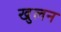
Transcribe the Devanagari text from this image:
खुलन